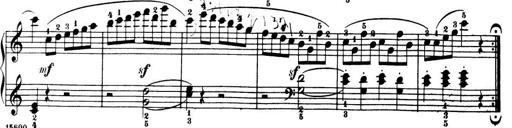
Title: 32 Sonatinas and Rondos for the Piano
Composer: Richard Kleinmichel